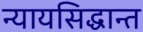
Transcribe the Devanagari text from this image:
न्यायसिद्धान्त